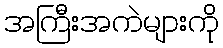
အကြီးအကဲများကို